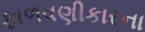
ફાળવણીકારના